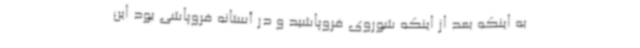
به اینکه بعد از اینکه شوروی فروپاشید و در آستانه فروپاشی بود این